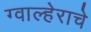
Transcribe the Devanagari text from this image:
ग्वाल्हेराचे